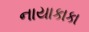
નાયાકાકા